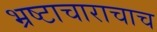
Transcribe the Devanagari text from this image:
भ्रष्टाचाराचाच